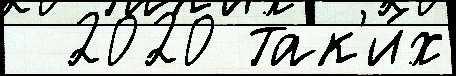
  2020 так'и́х